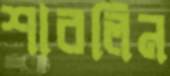
শারলিন